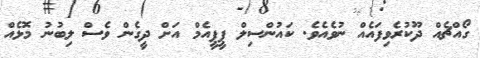
ގޯއްޗެއް ދޫކުރެވިފައެއް ނުވެއެވެ. ކައުންސިލް ޕީޕީއެމް އަށް ދީގެން ވެސް ލިބުނު މޮޅެއް